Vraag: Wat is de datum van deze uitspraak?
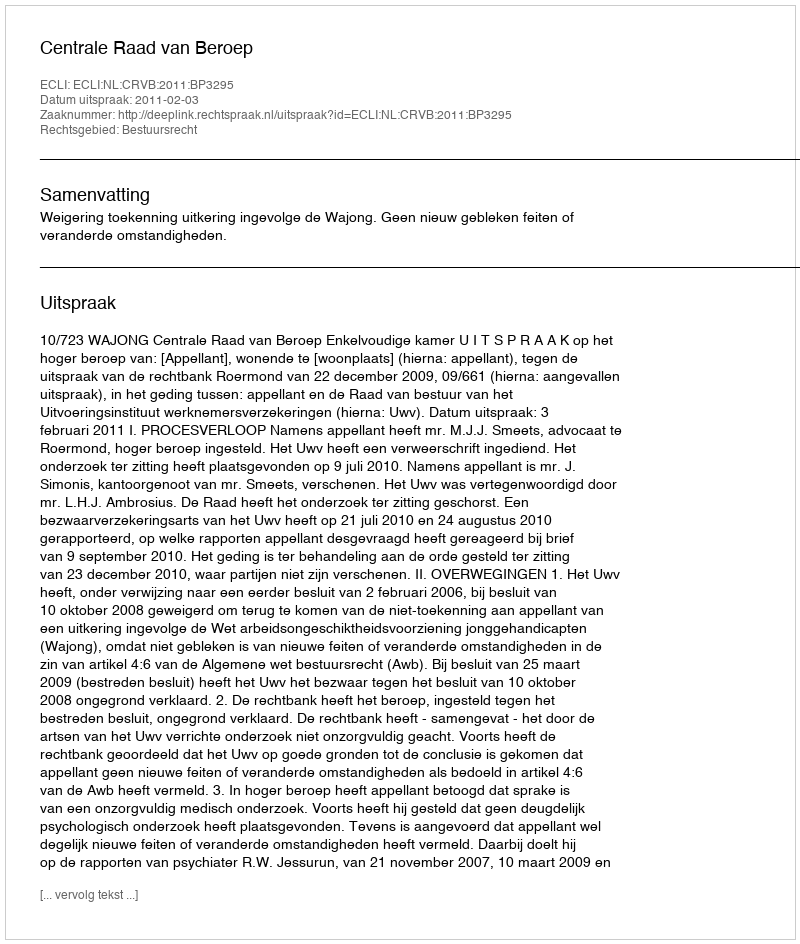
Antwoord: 2011-02-03